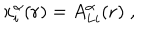
LaTeX: x _ { i } ^ { \alpha } ( { \bf { r } } ) = A _ { L i } ^ { \alpha } ( { \bf { r } } ) \; ,